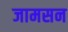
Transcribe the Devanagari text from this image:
जामसन